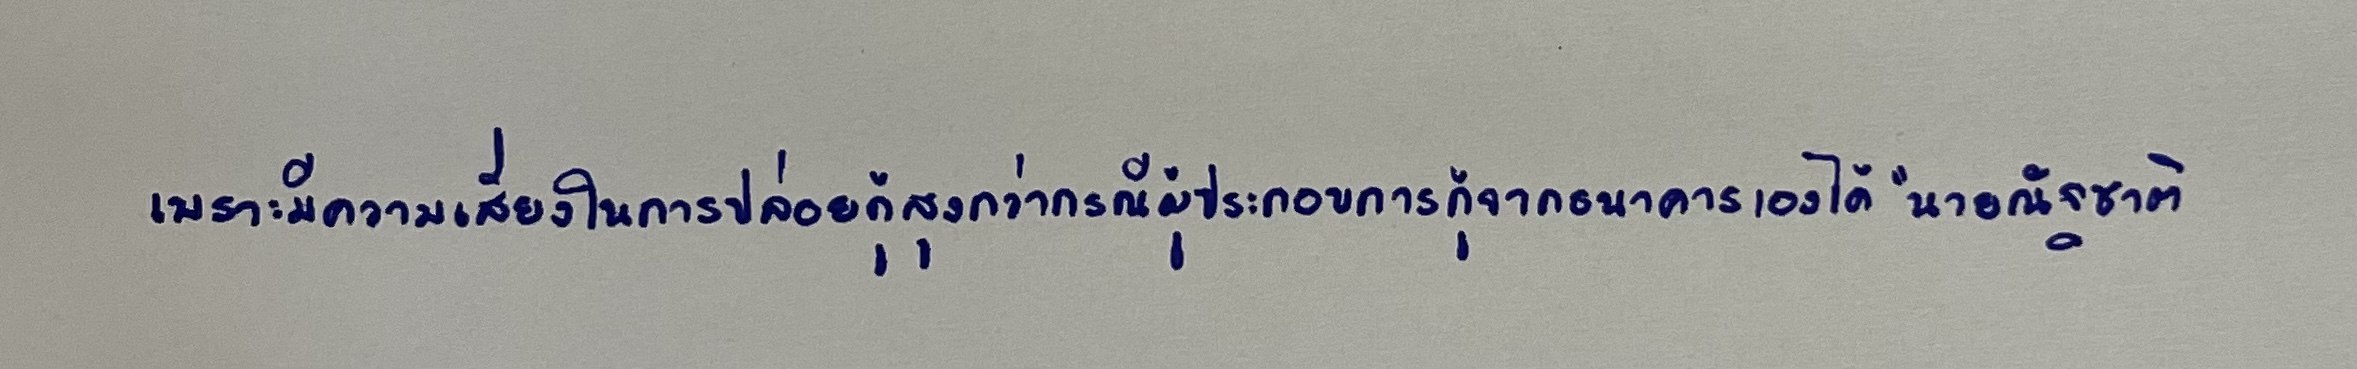
เพราะมีความเสี่ยงในการปล่อยกู้สูงกว่ากรณีผู้ประกอบการกู้จากธนาคารเองได้"นายณัฐชาติ